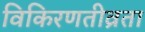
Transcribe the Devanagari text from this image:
विकिरणतीव्रता